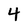
Character: 4